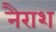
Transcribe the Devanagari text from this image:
नैराश